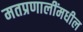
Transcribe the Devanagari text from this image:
मतप्रणालींमधील